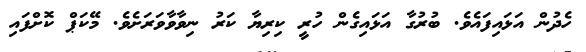
ހެދުން އަޅައިފައެވެ. ބުރުގާ އަޅައިގެން ހުރީ ކިރިޔާ ކަރު ނިވާވާވަރަށެވެ. މޭކަޕް ކޮށްފައި